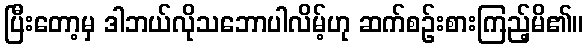
ပြီးတော့မှ ဒါဘယ်လိုသဘောပါလိမ့်ဟု ဆက်စဉ်းစားကြည့်မိ၏။